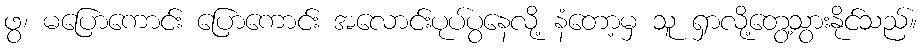
ဖွ၊ မပြောကောင်း ပြောကောင်း အလောင်းပုပ်ပွနေလို့ နံတော့မှ သူ ရှာလို့တွေ့သွားနိုင်သည်။